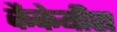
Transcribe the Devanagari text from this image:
कैकेयीस